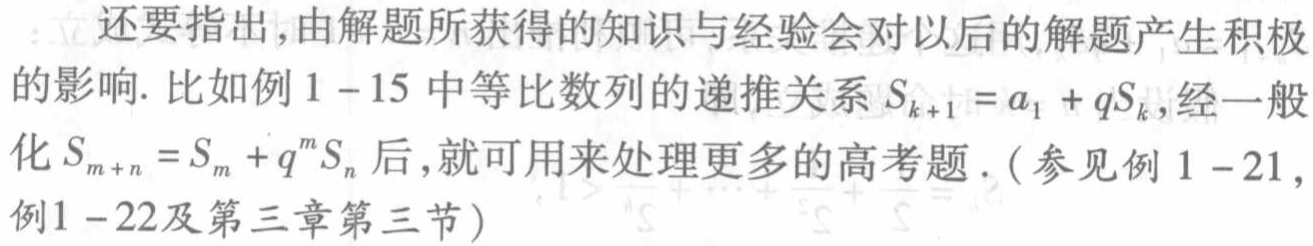
还要指出,由解题所获得的知识与经验会对以后的解题产生积极的影响. 比如例$1 - 15$中等比数列的递推关系$S_{k + 1}=a_1 + qS_{k}$,经一般化$S_{m + n}=S_{m}+q^{m}S_{n}$后,就可用来处理更多的高考题. (参见例$1 - 21$,例$1 - 22$及第三章第三节)